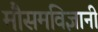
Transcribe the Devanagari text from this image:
मौसमविज्ञानी